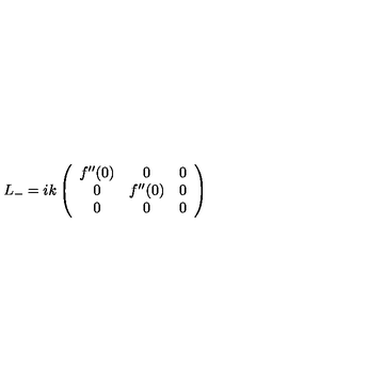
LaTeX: L _ { - } = i k \left( \begin{array} { c c c } { f ^ { \prime \prime } ( 0 ) } & { 0 } & { 0 } \\ { 0 } & { f ^ { \prime \prime } ( 0 ) } & { 0 } \\ { 0 } & { 0 } & { 0 } \\ \end{array} \right)